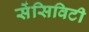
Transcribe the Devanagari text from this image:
सेंसिविटी